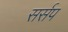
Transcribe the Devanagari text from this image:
सर्सप